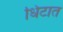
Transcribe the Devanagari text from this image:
धिटात